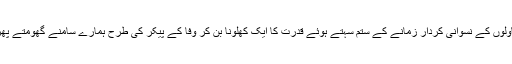
ان کے ناولوں کے نسوانی کردار زمانے کے ستم سہتے ہوئے قدرت کا ایک کھلونا بن کر وفا کے پیکر کی طرح ہمارے سامنے گھومتے پھرتے ہیں۔